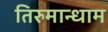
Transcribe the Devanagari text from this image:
तिरुमान्धाम